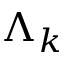
\Lambda _ { k }